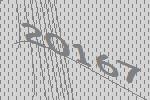
20167